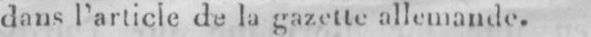
dans l’article de la gazette allemande.